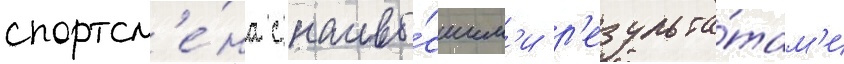
спортсм'е́на с наивы́сшим'и р'езульта́там'и